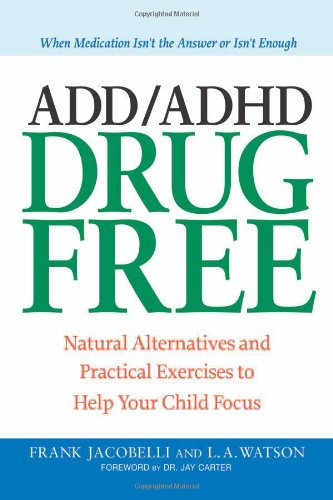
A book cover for ADD/ADHD Drug Free: Natural Alternatives and Practical Exercises to Help Your Child Focus; Frank Jacobelli; Health, Fitness & Dieting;